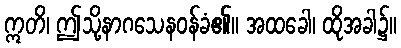
ဣတိ၊ ဤသို့နာဂသေနဝန်ခံ၏။ အထခေါ၊ ထိုအခါ၌။